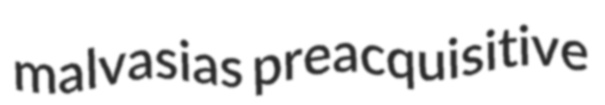
malvasias preacquisitive